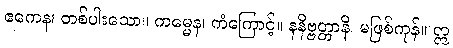
ဧကေန၊ တစ်ပါးသော။ ကမ္မေန၊ ကံကြောင့်။ နနိဗ္ဗတ္တာနိ၊ မဖြစ်ကုန်။ ဣ